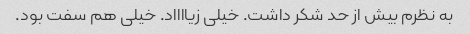
به نظرم بیش از حد شکر داشت. خیلی زیااااد. خیلی هم سفت بود.